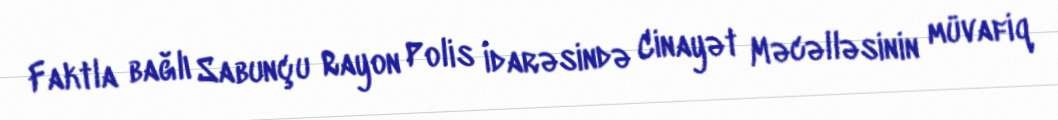
Faktla bağlı Sabunçu Rayon Polis İdarəsində Cinayət Məcəlləsinin müvafiq